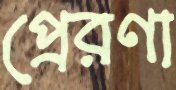
প্রেরণা